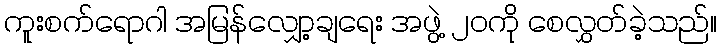
ကူးစက်ရောဂါ အမြန်လျှော့ချရေး အဖွဲ့ ၂၀ကို စေလွှတ်ခဲ့သည်။